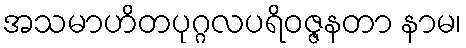
အသမာဟိတပုဂ္ဂလပရိဝဇ္ဇနတာ နာမ၊